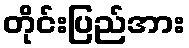
တိုင်းပြည်အား